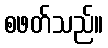
စဖတ်သည်။